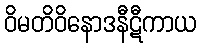
ဝိမတိဝိနောဒနီဋီကာယ